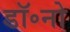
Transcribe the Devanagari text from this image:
डॉ॰नो